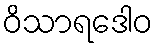
ဝိသာရဒေါဝ